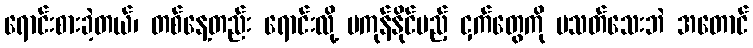
ရောင်းစားခဲ့တယ်၊ တစ်နေ့တည်း ရောင်းလို့ မကုန်နိုင်မည့် ငှက်တွေကို မသတ်သေးဘဲ အတောင်